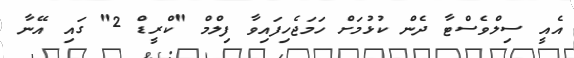
އެއީ ސިލްވެސްޓާ ދެން ކުޅުމަށް ހަމަޖެހިފައިވާ ފިލްމް "ކްރީޑް 2" ގައި އޭނާ